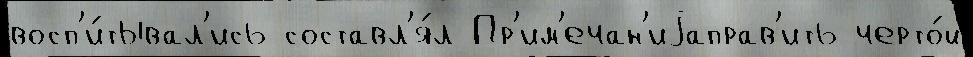
восп'и́тывал'ись составл'я́л Пр'им'ечан'иjаправ'ить черто́й